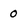
Character: 0